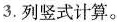
3.列竖式计算。